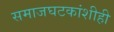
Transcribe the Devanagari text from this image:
समाजघटकांशीही